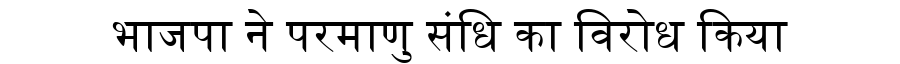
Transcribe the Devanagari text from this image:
भाजपा ने परमाणु संधि का विरोध किया